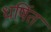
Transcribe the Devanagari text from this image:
धर्षित